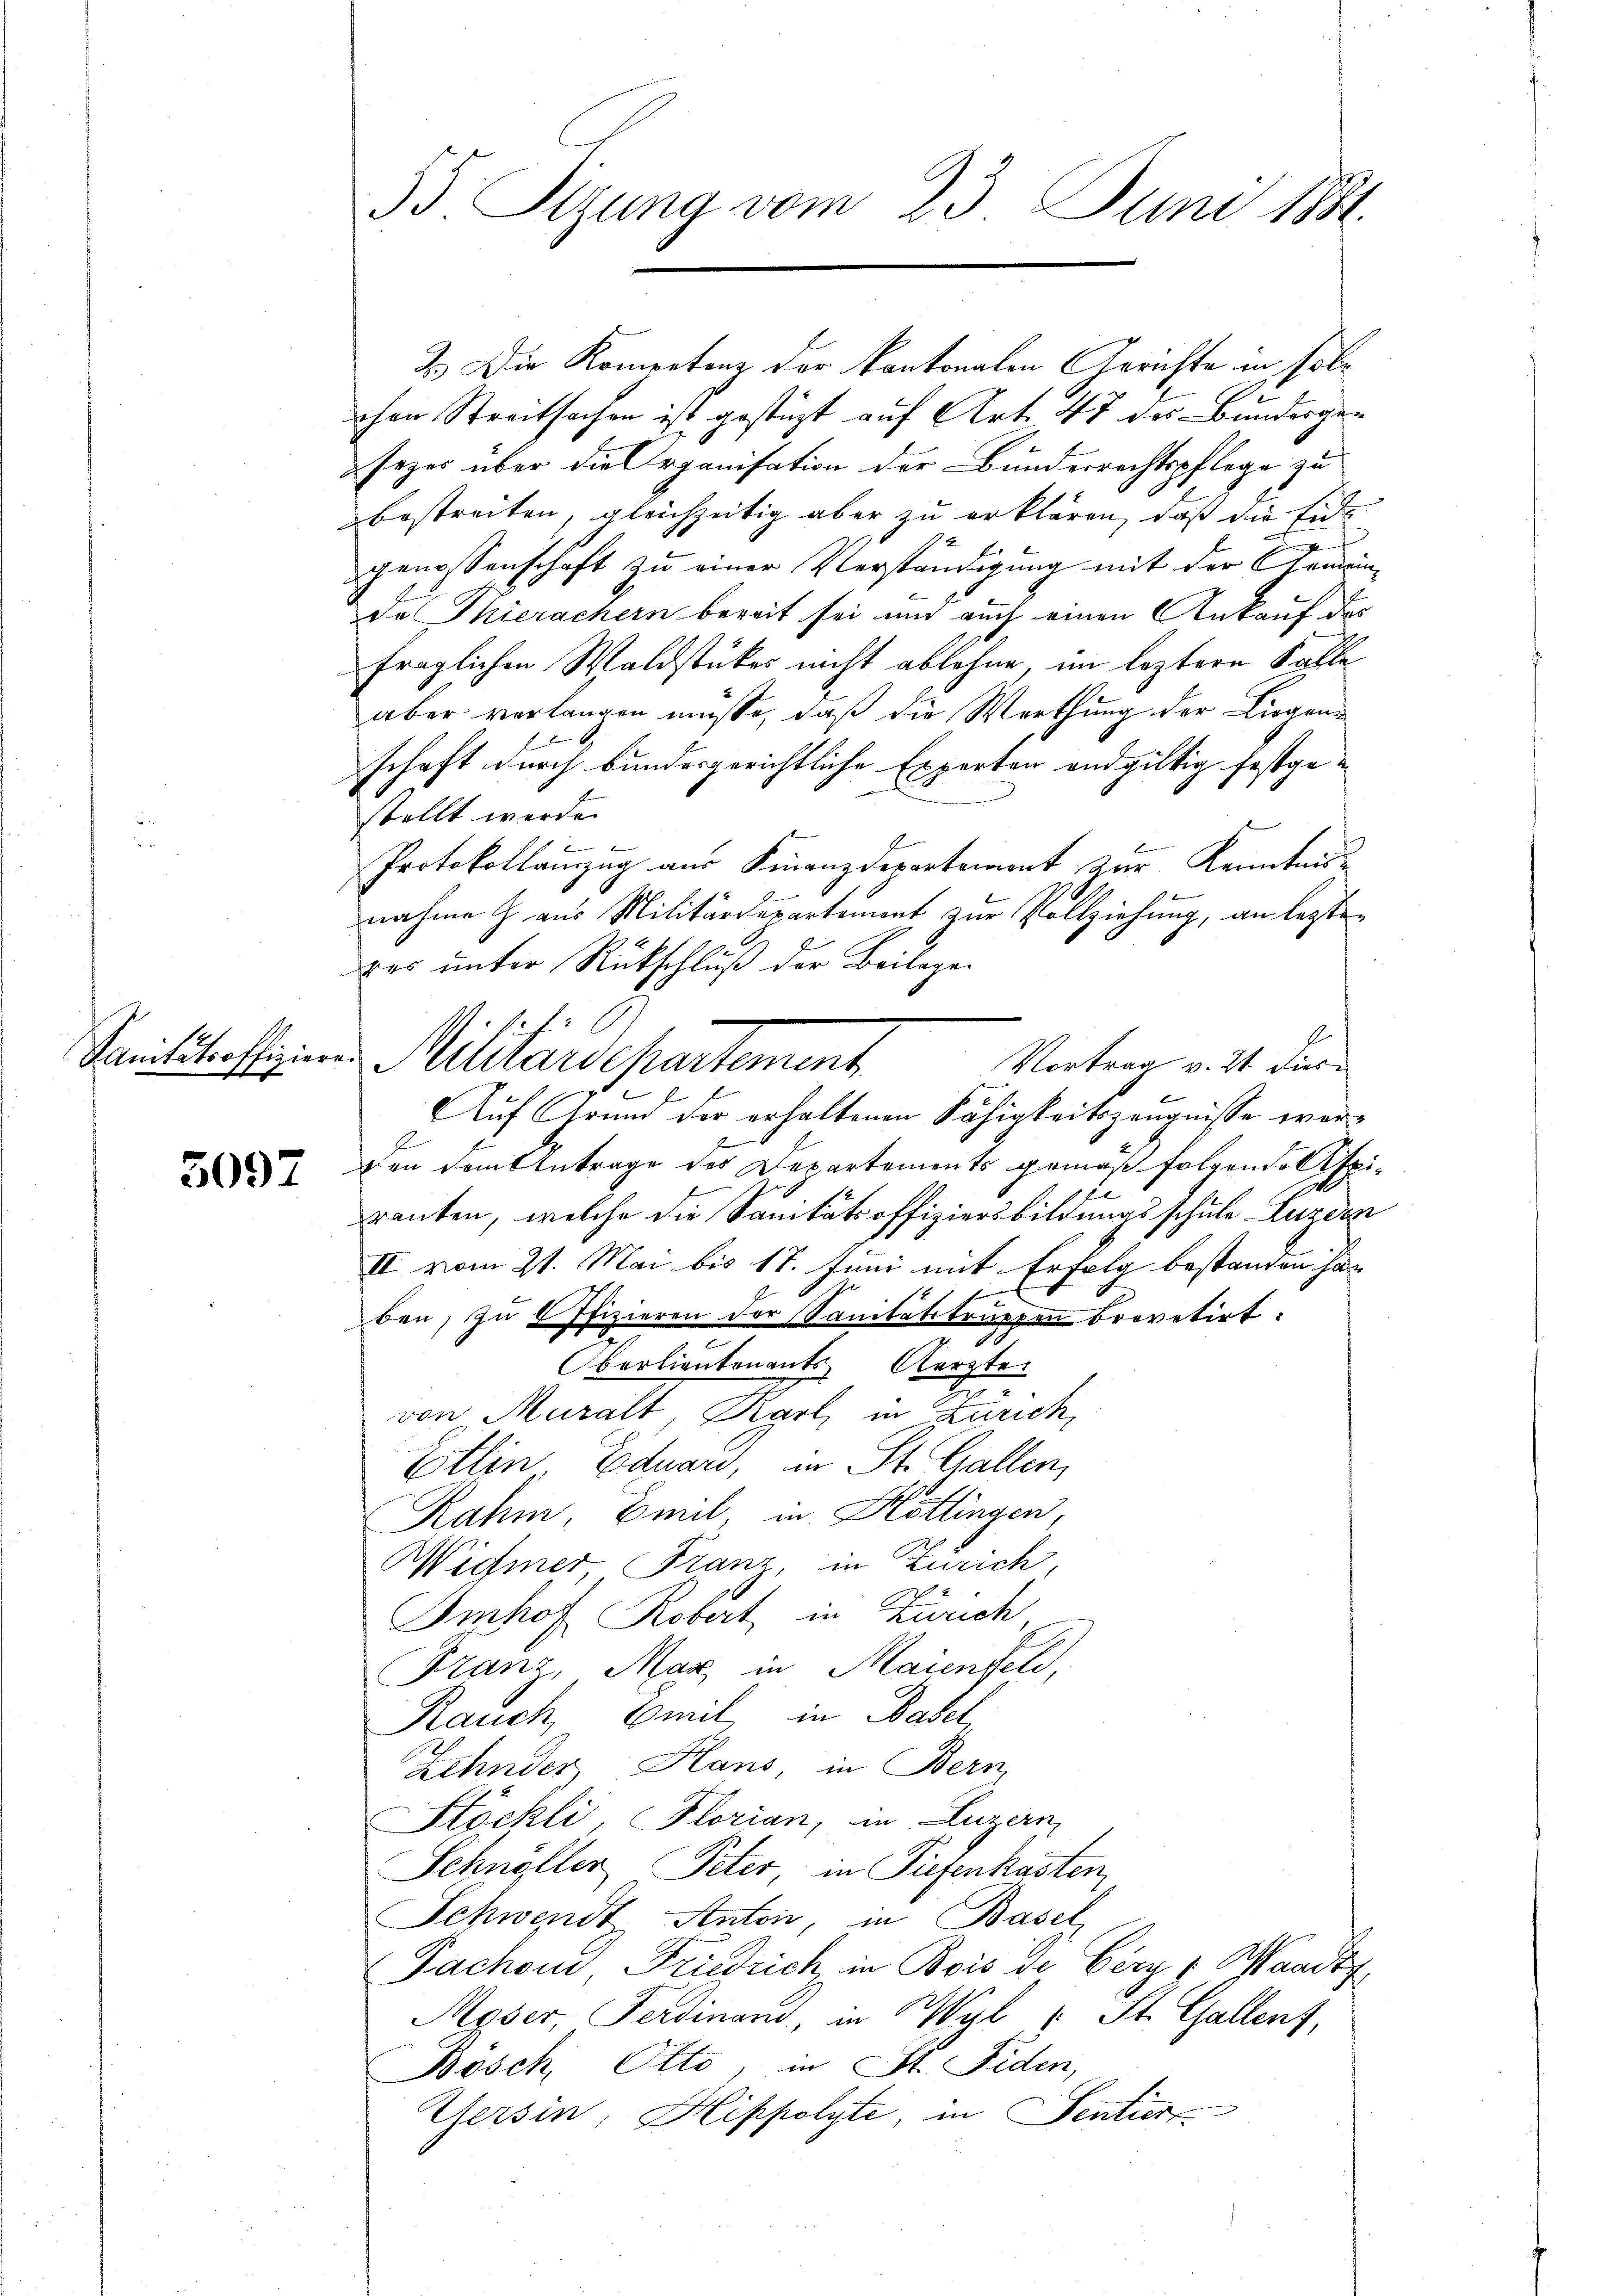
5097

53. Sizung vom 23. Juni 1881.

2.) Die Komentenz der kantonalen Gerichte in solchen Streitsachen ist gestützt auf Art. 47 des Bundesgesezes über die Organisation der Bunderrechtspflege zu
bestreiten, gleichzeitig aber zu erklären, daß die Eidgenossenschaft zu einer Verständigung mit der Gemeinde Thierachern bereit sei und auch einen Ankauf das
fraglichen Waldstückes nicht ablehne, im leztere Fälle
aber verlangen müsse, daß die Werthung der Liegen¬
.
schaft durch bundesgerichtliche Experten endgültig festgestellt werde.
Protokollanzug aus Finanzdepartement zur Kenntnus
nahme Z. aus Militärdepartement zur Vollziehung, an legten
das unter Rückschluß der Beilagen
2
Auf Grund der erhaltenen Fähigkeitszeugnisse werden dem Antrage des Departements gemäß folgende Aspiranten, welche die Sanitätsoffiziersbildungsschule Luzern
II vom 21. Mai bis 17. Juni mit Erfolg bestanden han
ben, zu 6 Pfizieren der Sanitätstruppen brovatirt.
barliantonants Aerzte.
von Muralt, Karl, in Zürich,
Ettin Eduard, in St. Gallen,
Rahm, Emil in Höttingen,
Widmer Franz, in Zürich,
Imhof Robert in Zürich
Franz, Mar in Maienfeld,
Rauch, Emil in Basel,
Zehnder, Hans, in Bern,
Stöckli Florian, in Luzern
Schnöller, Peter in Tiefenkasten,
Schwendt Anton, in Basel
Fachon, Friedrich in Bois de Cery ( Waadt
Myser Ferdinan, in Wyl : St. Gallenz,
Bosch Otto, in St. Fiden,
Gersin, Hippolyte, in Sentiert

Sanitätroffizien Militärdepartement

Vortrag v. 21. dies